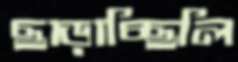
ছাড়াচ্ছিলি